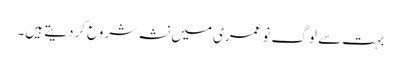
بہت سے لوگ نوعمری میں نشہ شروع کردیتے ہیں۔